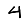
Digit: 4